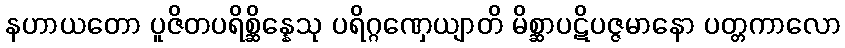
နဟာယတော ပူဇိတပရိစ္ဆိန္နေသု ပရိဂ္ဂဏှေယျာတိ မိစ္ဆာပဋိပဇ္ဇမာနော ပတ္တကာလော